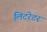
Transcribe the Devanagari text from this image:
लिटरेटर